Medical and sanitary report of the native army of Madras for the year
Year: 1878
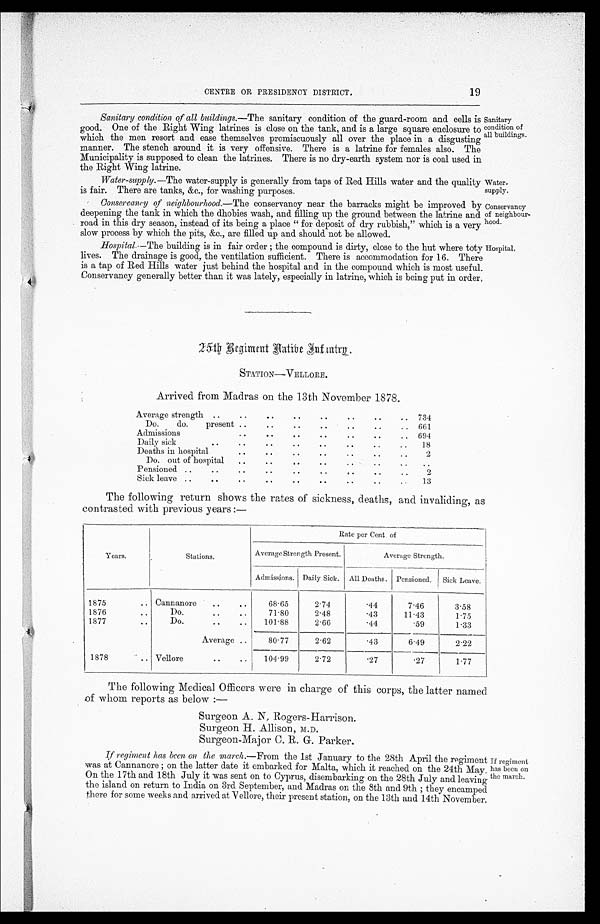
Wa t e r -
supply.
Conservancy
of neighbour
hood.
Hospital,
CENTRE OR PRESIDENCY DISTRICT.
19
Sanitary condition of all buildings.— The sanitary condition of the guard-room and cells is
good. One of the Right Wing latrines is close on the tank, and is a large square enclosure to
which the men resort and ease themselves promiscuously all over the place in a disgusting
manner. The stench around it is very offensive. There is a latrine for females also. The
Municipality is supposed to clean the latrines. There is no dry-earth system nor is coal used in
the Right Wing latrine.
Wat er-suppl y. —T h e
w a t e r - s u p p l y i s g e n e r a l l y f r o m t a p s o f R e d H i l l s w a t e r a n d t h e q u a l i t y
is fair. There are tanks, &c., for washing purposes.
Conservancy of neighbourhood.—The conservancy near the barracks might be improved by
deepening the tank in which the dhobies wash, and filling up the ground between the latrine and
road in this dry season, instead of its being a place " for deposit of dry rubbish," which is a very
slow process by which the pits, &c., are filled up and should not be allowed.
Hospital.—T h e
b u i l d i n g i s i n f a i r o r d e r ; t h e c o m p o u n d i s d i r t y , c l o s e t o t h e h u t w h e r e t o t
lives. The drainage is good, the ventilation sufficient. There is accommodation for 16. There
is a tap of Red Hills water just behind the hospital and in the compound which is most useful
Conservancy generally better than it was lately, especially in latrine, which is being put in order.
Sanitary
Condition of
all buildings.
25th Begiment Hatibe Infuntru.
STATION—VELLORE.
Arrived from Madras on the 13th November 1878.
Average strength . .
. .
. .
. .
. .
. .
. . . . 734
Do. do. present .. . .
.. .. .. .. .. 661
Admissions
. .
. .
. .
. .
. . . .
.. 694
Daily sick
. . . .
. .
. .
. . ..
. . . . 18
Deaths in hospital
.. .. . .
.. .. .. .. 2
Do. out of hospital .. ..
. . ..
. .
. .
. . ..
Pensioned ..
. . . .
. .
. .
. . .. .. .. 2
Sick leave .. ..
. . . .
. .
. .
. . . .
. . 13
The following return shows the rates of sickness, deaths, and invaliding, as
contrasted with previous years
Y e a r s .
Stations.
Rate per Cent. of
Average Strength Present.
Average Strength.
Admissions. Daily Sick. All Deaths. Pensioned. Sick Leave.
1875
.. Cannanore ..
. .
68.65
2.74
.44
7.46
3.58
1876
. . Do.
. .
. . 71.80
2.48
.43
11.43
1.75
1 8 7 7
..
Do.
.. .. 101.88
2.66
.44
.59
1.33
Average .. 80.77
2.62
.43
6.49
2.22
1878
. . Vellore
.. .. 104.99
2.72
.27
. 2 7 1.77
The following Medical Officers were in charge of this corps, the latter named
of whom reports as below :—
S u r g e o n A. N. R o g e r s - Ha r r i s o n .
Surgeon H. Allison, M.D.
Surgeon-Major C. R. G. Parker.
If regiment has been on the march.—From the 1st January to the 28th April the regiment
was at Cannanore ; on the latter date it embarked for Malta, which it reached on the 24th May.
On the 17th and 18th July it was sent on to Cyprus, disembarking on the 28th July and leaving
the island on return to India on 3rd September, and Madras on the 8th and 9th ; they encamped
there for some weeks and arrived at. Vellore, their present station, on the 13th and 14th November.
If regiment
has been on
the march.